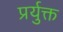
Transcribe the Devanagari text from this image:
प्रर्युक्त